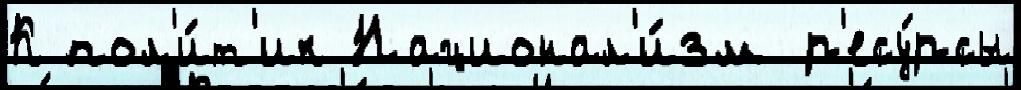
К пол'и́т'ик Национал'и́зм р'есу́рсы